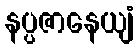
နပ္ပဇာနေယျံ